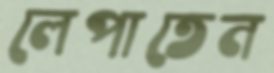
লেপাতেন